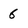
Character: 6